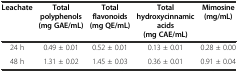
| Leachate | Total polyphenols (mg GAE/mL) | Total flavonoids (mg QE/mL) | Total hydroxycinnamic acids (mg CAE/mL) | Mimosine (mg/mL) |
 | --- | --- | --- | --- | --- |
 | 24 h | 0.49 ± 0.01 | 0.52 ± 0.01 | 0.13 ± 0.01 | 0.28 ± 0.00 |
 | 48 h | 1.31 ± 0.02 | 1.45 ± 0.03 | 0.36 ± 0.01 | 0.91 ± 0.04 |